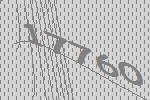
17760